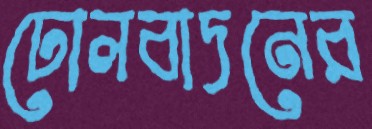
ঢোলবাদনের